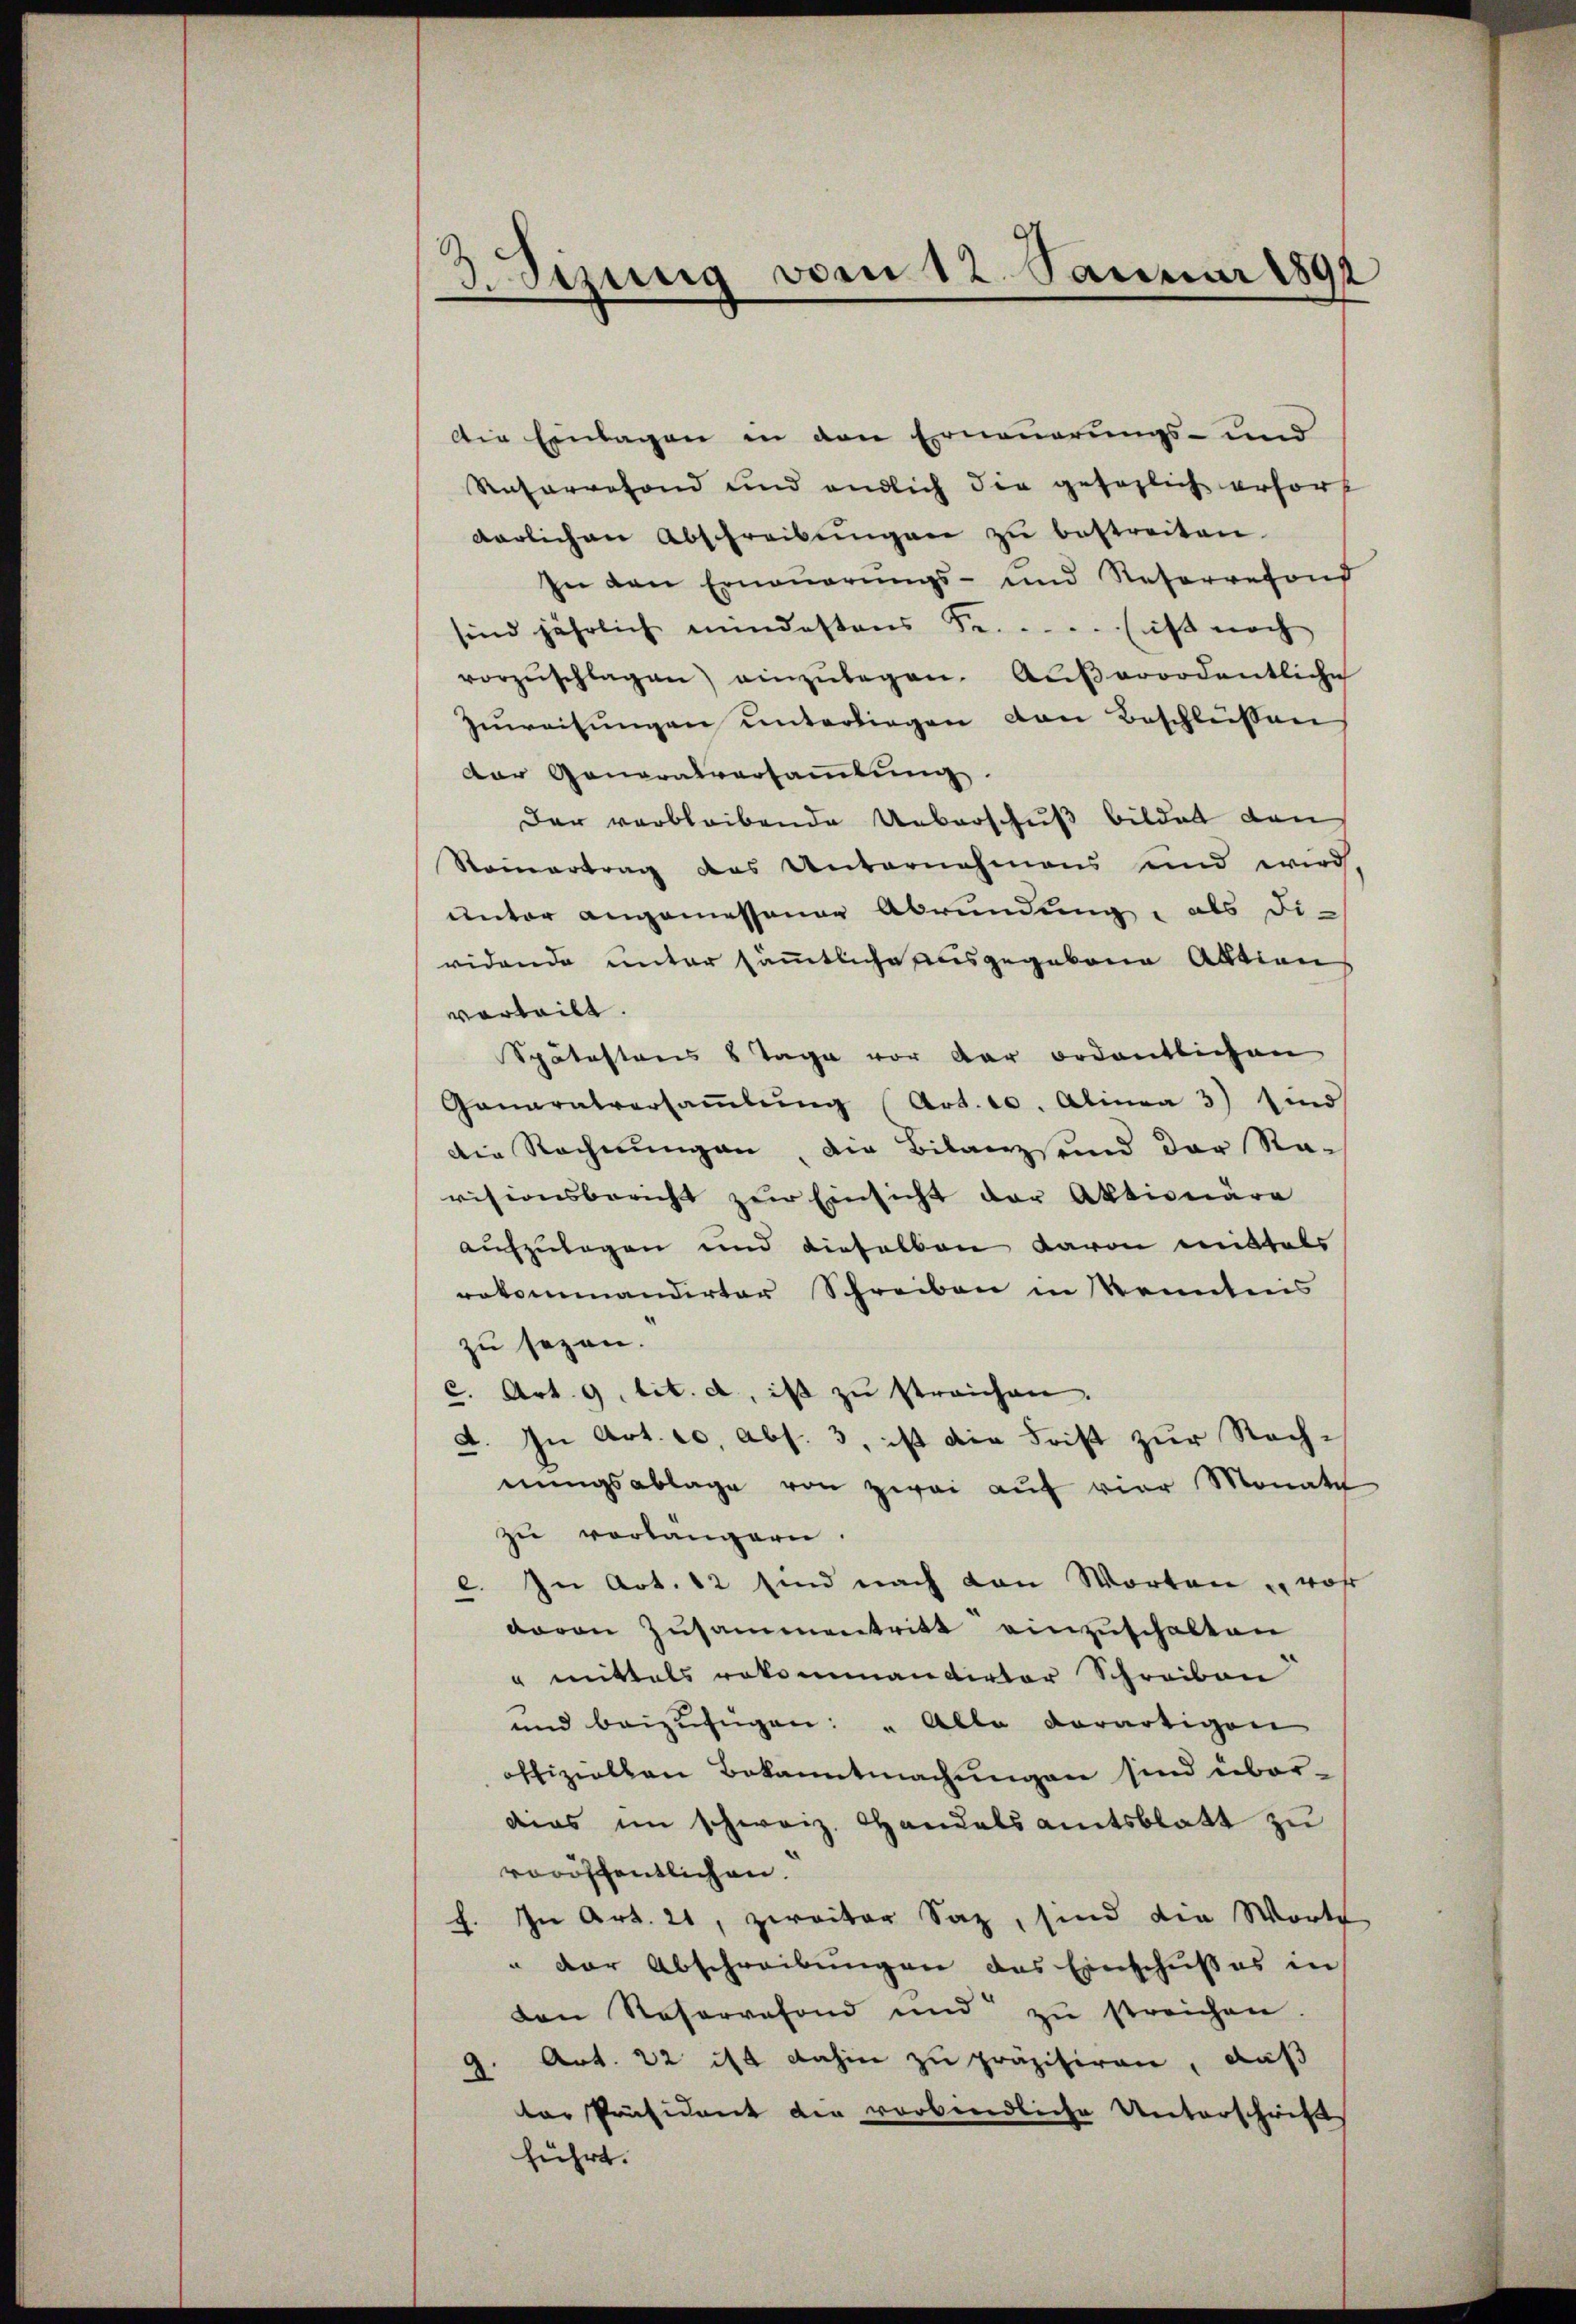
3.Sizung von 12. Januar 1891

Die Einlagen in den Erneuerungs- und
Reharrefond und endlich die gesezlich erfort
darlichen Abschreibŭngen zŭ bestreiten.
In den Erneŭerŭngs- und Reservefond
sind jährlich mindestens Se. sicht noch
vorzŭschlagen) einzŭlegen. Aŭβerordentliche
Zuweisungen unterliegen von Beschlüssen
Der Generalversaṁlŭng.
Der verbleibende Ueberschuß bildet dan
Steinertrag des Unternahmens und wird
unter angemessener Abrundung, als diridende unter sämmtliche ausgegebene Aktion
vorteilt.
Spätestens 8 Tage vor der ordentlichen
Ganaratversaṁlŭng (Art. 10. Alinea 3) sind
die Rechnungen, die Bilanzsund der Ra-
visionsbericht zŭr Einsicht der Aktionäre
aufzulegen und dieselben davon mittels
rotommandirter Schreiben in konntens
zu sezen.
c. Art. 9 lit. a, ist zŭ streichen.
A. In Art. 20. Abs. 3, ist die Frist zur Rechnŭngsablage von zwei auf vier Monate
zu vorlängern.
e. In Art. 12 sind nach von Worten u. woh
davon Zusammentritt einzuschalten
" mittels rekommandirter Schreiben
und beizufügen: " Alle derartigen
offiziellen Bekanntmachungen sind überdies im schweiz. Handelsamtsblatt zu
voröffentlichen.
In Art. 21, zweiter Saz, sind die Worte
2.
" der Abschreibungen das Einschußes in
den Reservefond und zŭ streichen.
G. Art. 22 ist dahin zu präzisiren, daß
ter Präsident der vorbindliche Unterschrift
führt.